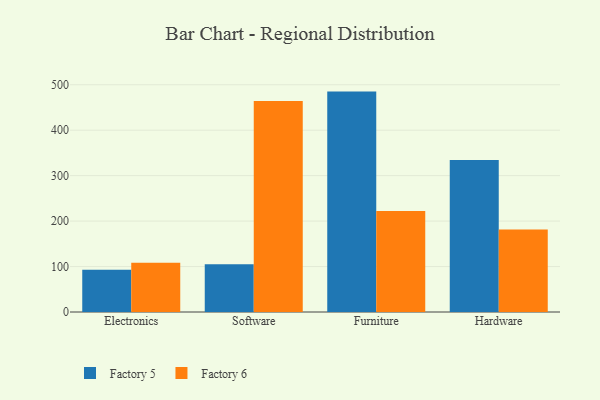
{"axis": {"x": "Category", "y": "Customer Acquisition Cost (USD)"}, "legend": ["Factory 5", "Factory 6"], "data": [{"x": "Electronics", "y": 92.9, "type": "Factory 5"}, {"x": "Electronics", "y": 108.4, "type": "Factory 6"}, {"x": "Software", "y": 105.2, "type": "Factory 5"}, {"x": "Software", "y": 464.4, "type": "Factory 6"}, {"x": "Furniture", "y": 484.9, "type": "Factory 5"}, {"x": "Furniture", "y": 222.2, "type": "Factory 6"}, {"x": "Hardware", "y": 334.2, "type": "Factory 5"}, {"x": "Hardware", "y": 181.7, "type": "Factory 6"}]}